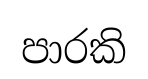
පාරකි